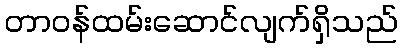
တာဝန်ထမ်းဆောင်လျက်ရှိသည်